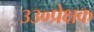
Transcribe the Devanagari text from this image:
३३०प्रेक्षक